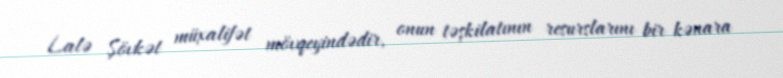
Lalə Şövkət müxalifət mövqeyindədir, onun təşkilatının resurslarını bir kənara